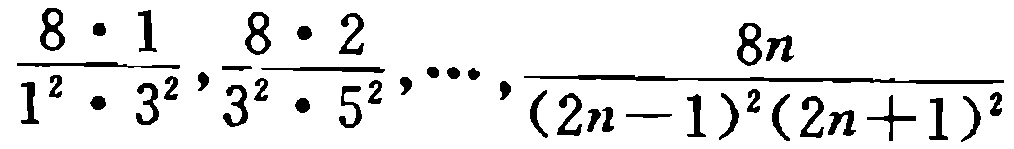
$\frac{8\cdot 1}{1^{2}\cdot 3^{2}},\frac{8\cdot 2}{3^{2}\cdot 5^{2}},\cdots,\frac{8n}{(2n - 1)^{2}(2n + 1)^{2}}$